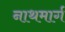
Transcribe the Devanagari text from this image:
नाथमार्ग